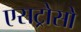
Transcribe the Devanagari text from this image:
एसट्रोसो